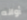
أوانه